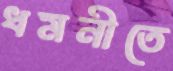
ধমনীতে